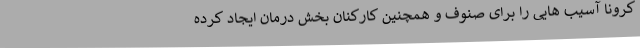
کرونا آسیب هایی را برای صنوف و همچنین کارکنان بخش درمان ایجاد کرده